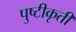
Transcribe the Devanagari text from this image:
पुष्टीकृती